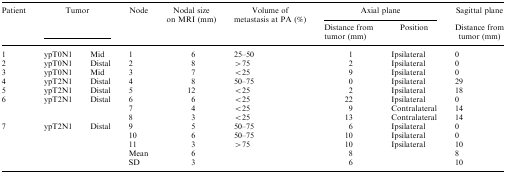
<table><thead><tr><td rowspan="2"><b>Patient</b></td><td rowspan="2" colspan="2"><b>Tumor</b></td><td rowspan="2"><b>Node</b></td><td rowspan="2"><b>Nodal size on MRI (mm)</b></td><td rowspan="2"><b>Volume of metastasis at PA (%)</b></td><td colspan="2"><b>Axial plane</b></td><td><b>Sagittal plane</b></td></tr><tr><td><b>Distance from tumor (mm)</b></td><td><b>Position</b></td><td><b>Distance from tumor (mm)</b></td></tr></thead><tbody><tr><td>1</td><td>ypT0N1</td><td>Mid</td><td>1</td><td>6</td><td>25–50</td><td>1</td><td>Ipsilateral</td><td>0</td></tr><tr><td>2</td><td>ypT0N1</td><td>Distal</td><td>2</td><td>8</td><td>&gt;75</td><td>2</td><td>Ipsilateral</td><td>0</td></tr><tr><td>3</td><td>ypT0N1</td><td>Mid</td><td>3</td><td>7</td><td>&lt;25</td><td>9</td><td>Ipsilateral</td><td>0</td></tr><tr><td>4</td><td>ypT2N1</td><td>Distal</td><td>4</td><td>8</td><td>50–75</td><td>0</td><td>Ipsilateral</td><td>29</td></tr><tr><td>5</td><td>ypT2N1</td><td>Distal</td><td>5</td><td>12</td><td>&lt;25</td><td>2</td><td>Ipsilateral</td><td>18</td></tr><tr><td rowspan="3">6</td><td rowspan="3">ypT2N1</td><td rowspan="3">Distal</td><td>6</td><td>6</td><td>&lt;25</td><td>22</td><td>Ipsilateral</td><td>0</td></tr><tr><td>7</td><td>4</td><td>&lt;25</td><td>9</td><td>Contralateral</td><td>14</td></tr><tr><td>8</td><td>3</td><td>&lt;25</td><td>13</td><td>Contralateral</td><td>14</td></tr><tr><td rowspan="3">7</td><td rowspan="3">ypT2N1</td><td rowspan="3">Distal</td><td>9</td><td>5</td><td>50–75</td><td>6</td><td>Ipsilateral</td><td>0</td></tr><tr><td>10</td><td>6</td><td>50–75</td><td>10</td><td>Ipsilateral</td><td>0</td></tr><tr><td>11</td><td>3</td><td>&gt;75</td><td>10</td><td>Ipsilateral</td><td>10</td></tr><tr><td></td><td></td><td></td><td>Mean</td><td>6</td><td></td><td>8</td><td></td><td>8</td></tr><tr><td></td><td></td><td></td><td>SD</td><td>3</td><td></td><td>6</td><td></td><td>10</td></tr></tbody></table>